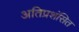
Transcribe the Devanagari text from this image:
अतिप्रशंसित